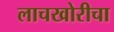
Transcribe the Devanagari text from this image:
लाचखोरीचा